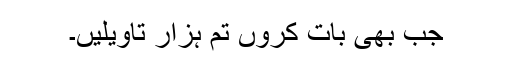
جب بھی بات کروں تم ہزار تاویلیں۔